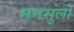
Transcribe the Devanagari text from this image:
मनसुलो